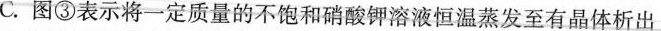
C.图③表示将一定质量的不饱和硝酸钾溶液恒温蒸发至有晶体析出